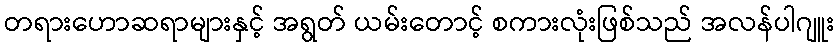
တရားဟောဆရာများနှင့် အရွတ် ယမ်းတောင့် စကားလုံးဖြစ်သည် အလန်ပါဂျူး